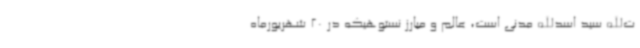
ت‌الله سید اسدالله مدنی‌ است، عالم و مبارز نستوهیکه در 20 شهریورماه